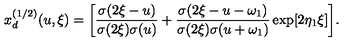
x _ { d } ^ { ( 1 / 2 ) } ( u , \xi ) = \biggl [ { \frac { \sigma ( 2 \xi - u ) } { \sigma ( 2 \xi ) \sigma ( u ) } } + { \frac { \sigma ( 2 \xi - u - \omega _ { 1 } ) } { \sigma ( 2 \xi ) \sigma ( u + \omega _ { 1 } ) } } \exp [ 2 \eta _ { 1 } \xi ] \biggr ] .